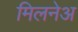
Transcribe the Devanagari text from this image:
मिलनेअ